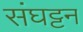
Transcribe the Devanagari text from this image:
संघट्टन